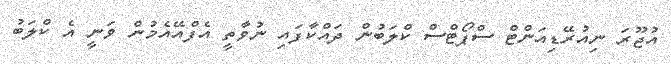
އުޖޫރަ ނިއުރޭޑިއަންޓް ސްޕޯޓްސް ކްލަބުން ދައްކާފައި ނުވާތީ އެފްއޭއެމުން ވަނީ އެ ކްލަބު